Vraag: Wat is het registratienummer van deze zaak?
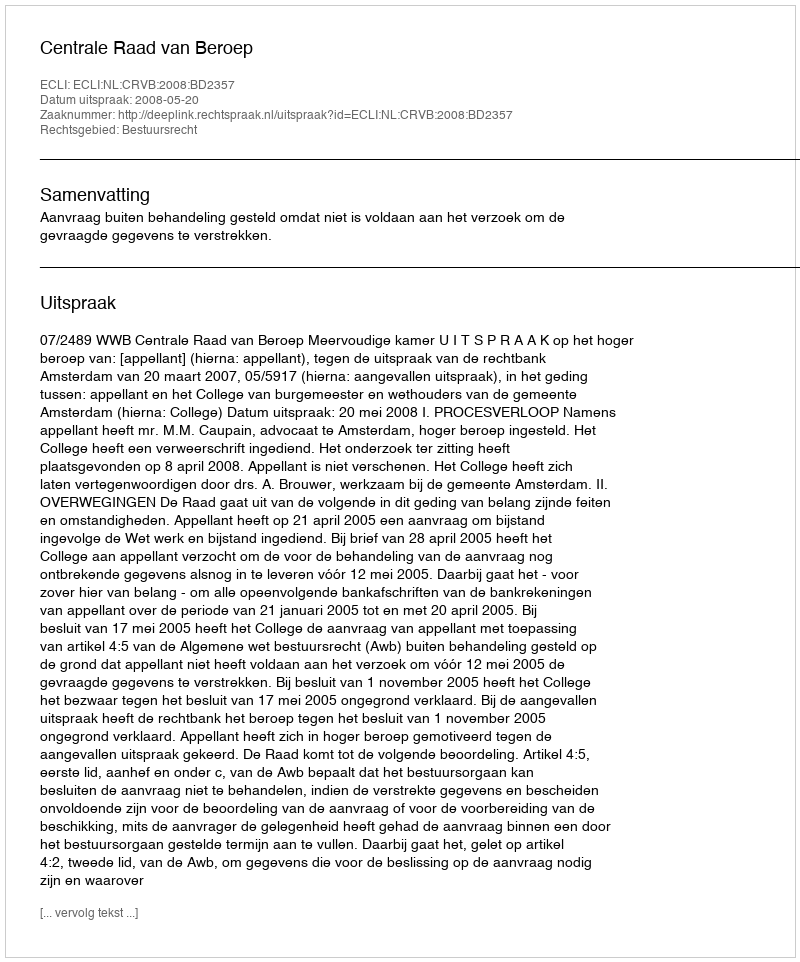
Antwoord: http://deeplink.rechtspraak.nl/uitspraak?id=ECLI:NL:CRVB:2008:BD2357